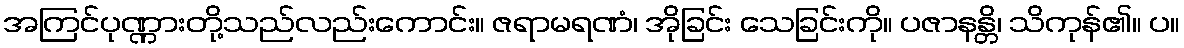
အကြင်ပုဏ္ဏားတို့သည်လည်းကောင်း။ ဇရာမရဏံ၊ အိုခြင်း သေခြင်းကို။ ပဇာနန္တိ၊ သိကုန်၏။ ပ။